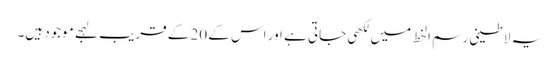
یہ لاطینی رسم الخط میں لکھی جاتی ہے اور اس کے 20 کے قریب لہجے موجود ہیں۔